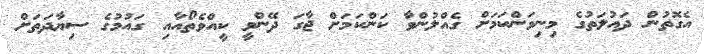
އެގޮތުން ދައުލަތުގެ މިނިވަންކަމަށް ގެއްލުންވާ ކަންކަމަށް ޖާގަ ދޭންވީ ކީއްވެތޯއާއި ގައުމުގެ ސިޔާދަތަށް